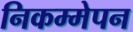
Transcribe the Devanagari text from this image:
निकम्मेपन